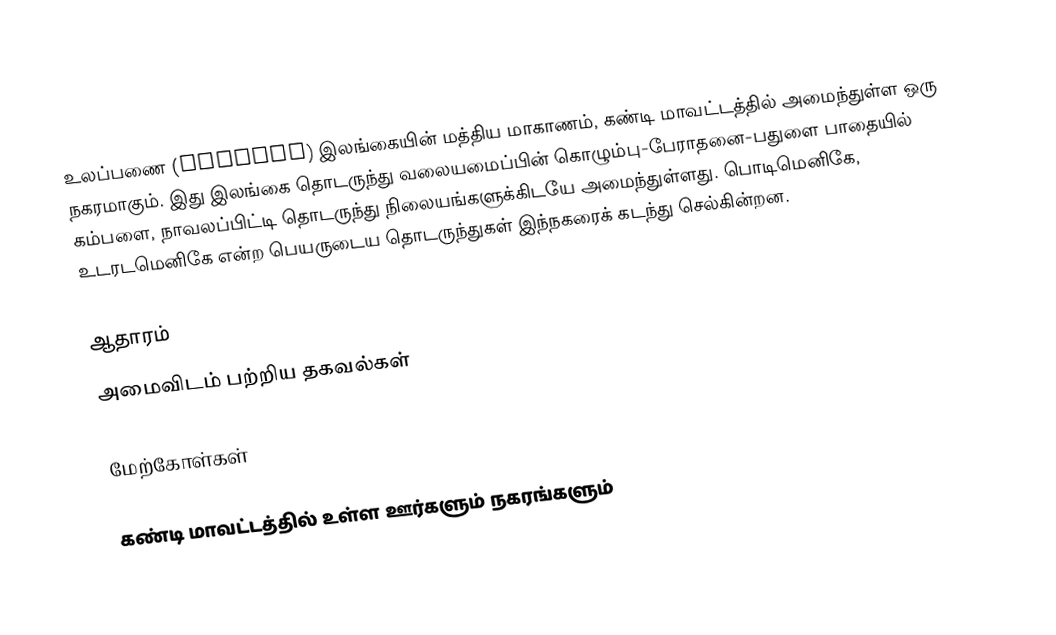
உலப்பணை (Ulapane) இலங்கையின்  மத்திய மாகாணம், கண்டி மாவட்டத்தில் அமைந்துள்ள ஒரு நகரமாகும். இது இலங்கை தொடருந்து வலையமைப்பின் கொழும்பு-பேராதனை-பதுளை பாதையில் கம்பளை, நாவலப்பிட்டி தொடருந்து நிலையங்களுக்கிடயே அமைந்துள்ளது. பொடிமெனிகே,   உடரடமெனிகே என்ற பெயருடைய தொடருந்துகள் இந்நகரைக் கடந்து செல்கின்றன.

ஆதாரம்
அமைவிடம் பற்றிய தகவல்கள்

மேற்கோள்கள்

கண்டி மாவட்டத்தில் உள்ள ஊர்களும் நகரங்களும்